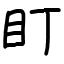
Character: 盯